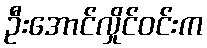
ဦးအောင်လှိုင်ဝင်းက